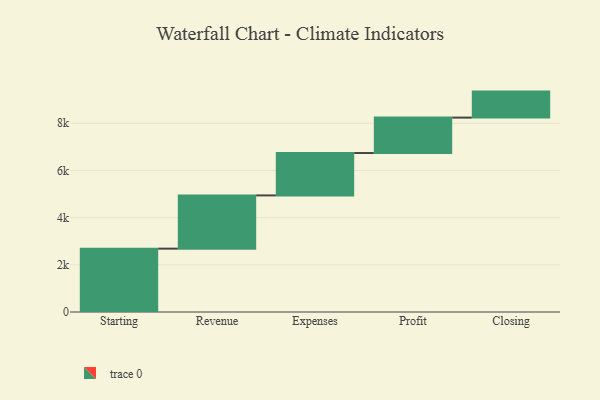
{"axis": {"x": "Step", "y": "Value"}, "legend": [""], "data": [{"x": "Starting", "y": 2685.0, "type": ""}, {"x": "Revenue", "y": 2257.0, "type": ""}, {"x": "Expenses", "y": 1796.0, "type": ""}, {"x": "Profit", "y": 1502.0, "type": ""}, {"x": "Closing", "y": 1102.0, "type": ""}]}